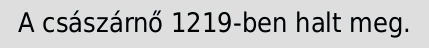
A császárnő 1219-ben halt meg.